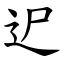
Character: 迉